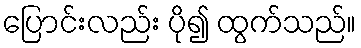
ပြောင်းလည်း ပို၍ ထွက်သည်။